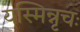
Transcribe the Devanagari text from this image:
यस्मिन्नृचः